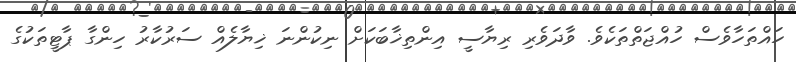
ހައްތަހާވެސް ހުއްޖަތްތަކެވެ. ވާދަވެރި ރިޔާސީ އިންތިޚާބަކަށް ނިކުންނަ ޚިޔާލެއް ސަރުކާރު ހިންގާ ޕާޓީތަކުގެ